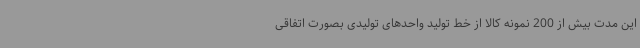
این مدت بیش از 200 نمونه کالا از خط تولید واحدهای تولیدی بصورت اتفاقی